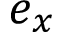
e _ { x }